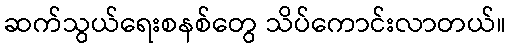
ဆက်သွယ်ရေးစနစ်တွေ သိပ်ကောင်းလာတယ်။